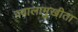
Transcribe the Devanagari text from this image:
ज्वालामुखीता